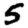
Digit: 5